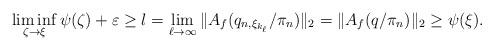
LaTeX: \begin{align*}\liminf_{\zeta\to\xi}\psi(\zeta)+\varepsilon\geq l=\lim_{\ell\to\infty}\|A_f(q_{n,\xi_{k_\ell}}/\pi_n)\|_2=\|A_f(q/\pi_n)\|_2\geq\psi(\xi).\end{align*}